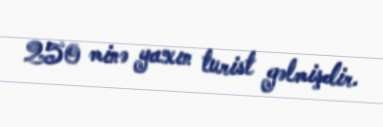
250 minə yaxın turist gəlmişdir.